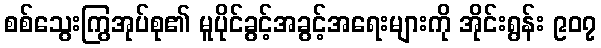
စစ်သွေးကြွအုပ်စု၏ မူပိုင်ခွင့်အခွင့်အရေးများကို အိုင်းရွန်း ၉၀၇